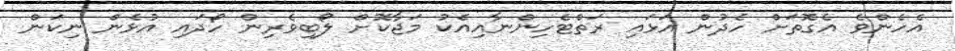
އެހެންވެ އެގޮތަށް ހެދުން އަޅައި ރަތްޓެހިންނާއިއެކު މަޖާކޮށް ލޯބިވެރިން ހޯދައި އުޅެން ނިކަން